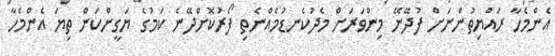
އެންމެހާ ރައްޔިތުންނަށް ފުދޭނޭ މިންވަރަށް މެދުކެނޑުމެއްނެތި ފޯރުކޮށްދޭނެ ކަމުގެ ޔަގީންކަން ތިޔަ އެންމެހާ